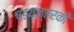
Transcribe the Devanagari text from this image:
षडयन्त्रकी